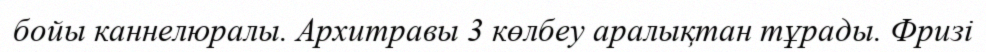
бойы каннелюралы. Архитравы 3 көлбеу аралықтан тұрады. Фризі